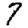
Digit: 7